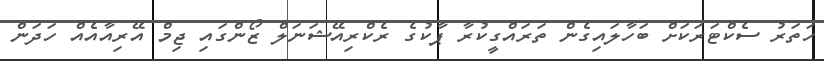
ހަތަރު ސެކްޓަރަކަށް ބަހާލައިގެން ތަރައްގީކުރާ ޕާކުގެ ރެކްރިއޭޝަނަލް ޒޯންގައި ޖިމް އޭރިއާއެއް ހަދަން